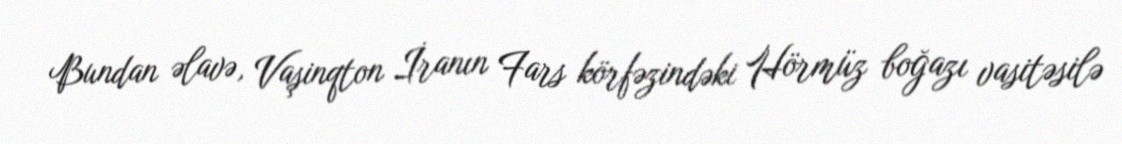
Bundan əlavə, Vaşinqton İranın Fars körfəzindəki Hörmüz boğazı vasitəsilə